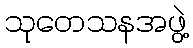
သုတေသနအဖွဲ့